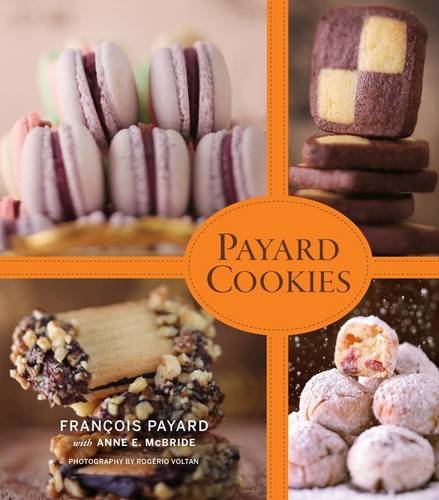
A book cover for Payard Cookies; FranÃ§ois Payard; Cookbooks, Food & Wine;